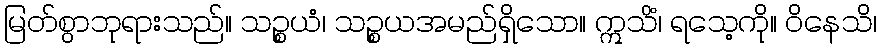
မြတ်စွာဘုရားသည်။ သဉ္စယံ၊ သဉ္စယအမည်ရှိသော။ ဣသိံ၊ ရသေ့ကို။ ဝိနေသိ၊